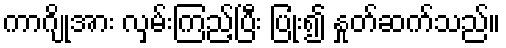
ကာဂျိုအား လှမ်းကြည့်ပြီး ပြုံး၍ နှုတ်ဆက်သည်။